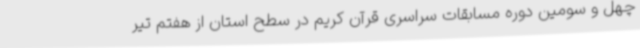
چهل و سومین دوره مسابقات سراسری قرآن کریم در سطح استان از هفتم تیر